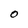
Character: O